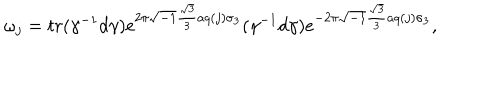
\omega _ { j } = t r ( \gamma ^ { - 1 } d \gamma ) e ^ { 2 \pi \sqrt { - 1 } \frac { \sqrt { 3 } } { 3 } a q ( j ) \mathbf { \sigma } _ { 3 } } ( \gamma ^ { - 1 } d \gamma ) e ^ { - 2 \pi \sqrt { - 1 } \frac { \sqrt { 3 } } { 3 } a q ( j ) \mathbf { \sigma } _ { 3 } } ,